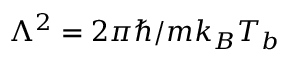
\Lambda ^ { 2 } = 2 \pi \hbar / m k _ { B } T _ { b }